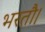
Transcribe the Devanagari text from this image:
भरतौ।